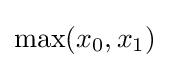
\max(x_{0},x_{1})